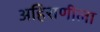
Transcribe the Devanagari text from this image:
अहिराणीला